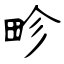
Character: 畛